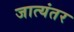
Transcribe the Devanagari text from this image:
जात्यंतर